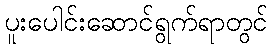
ပူးပေါင်းဆောင်ရွက်ရာတွင်